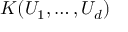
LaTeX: K ( U _ { 1 } , \dots , U _ { d } )